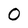
Character: O